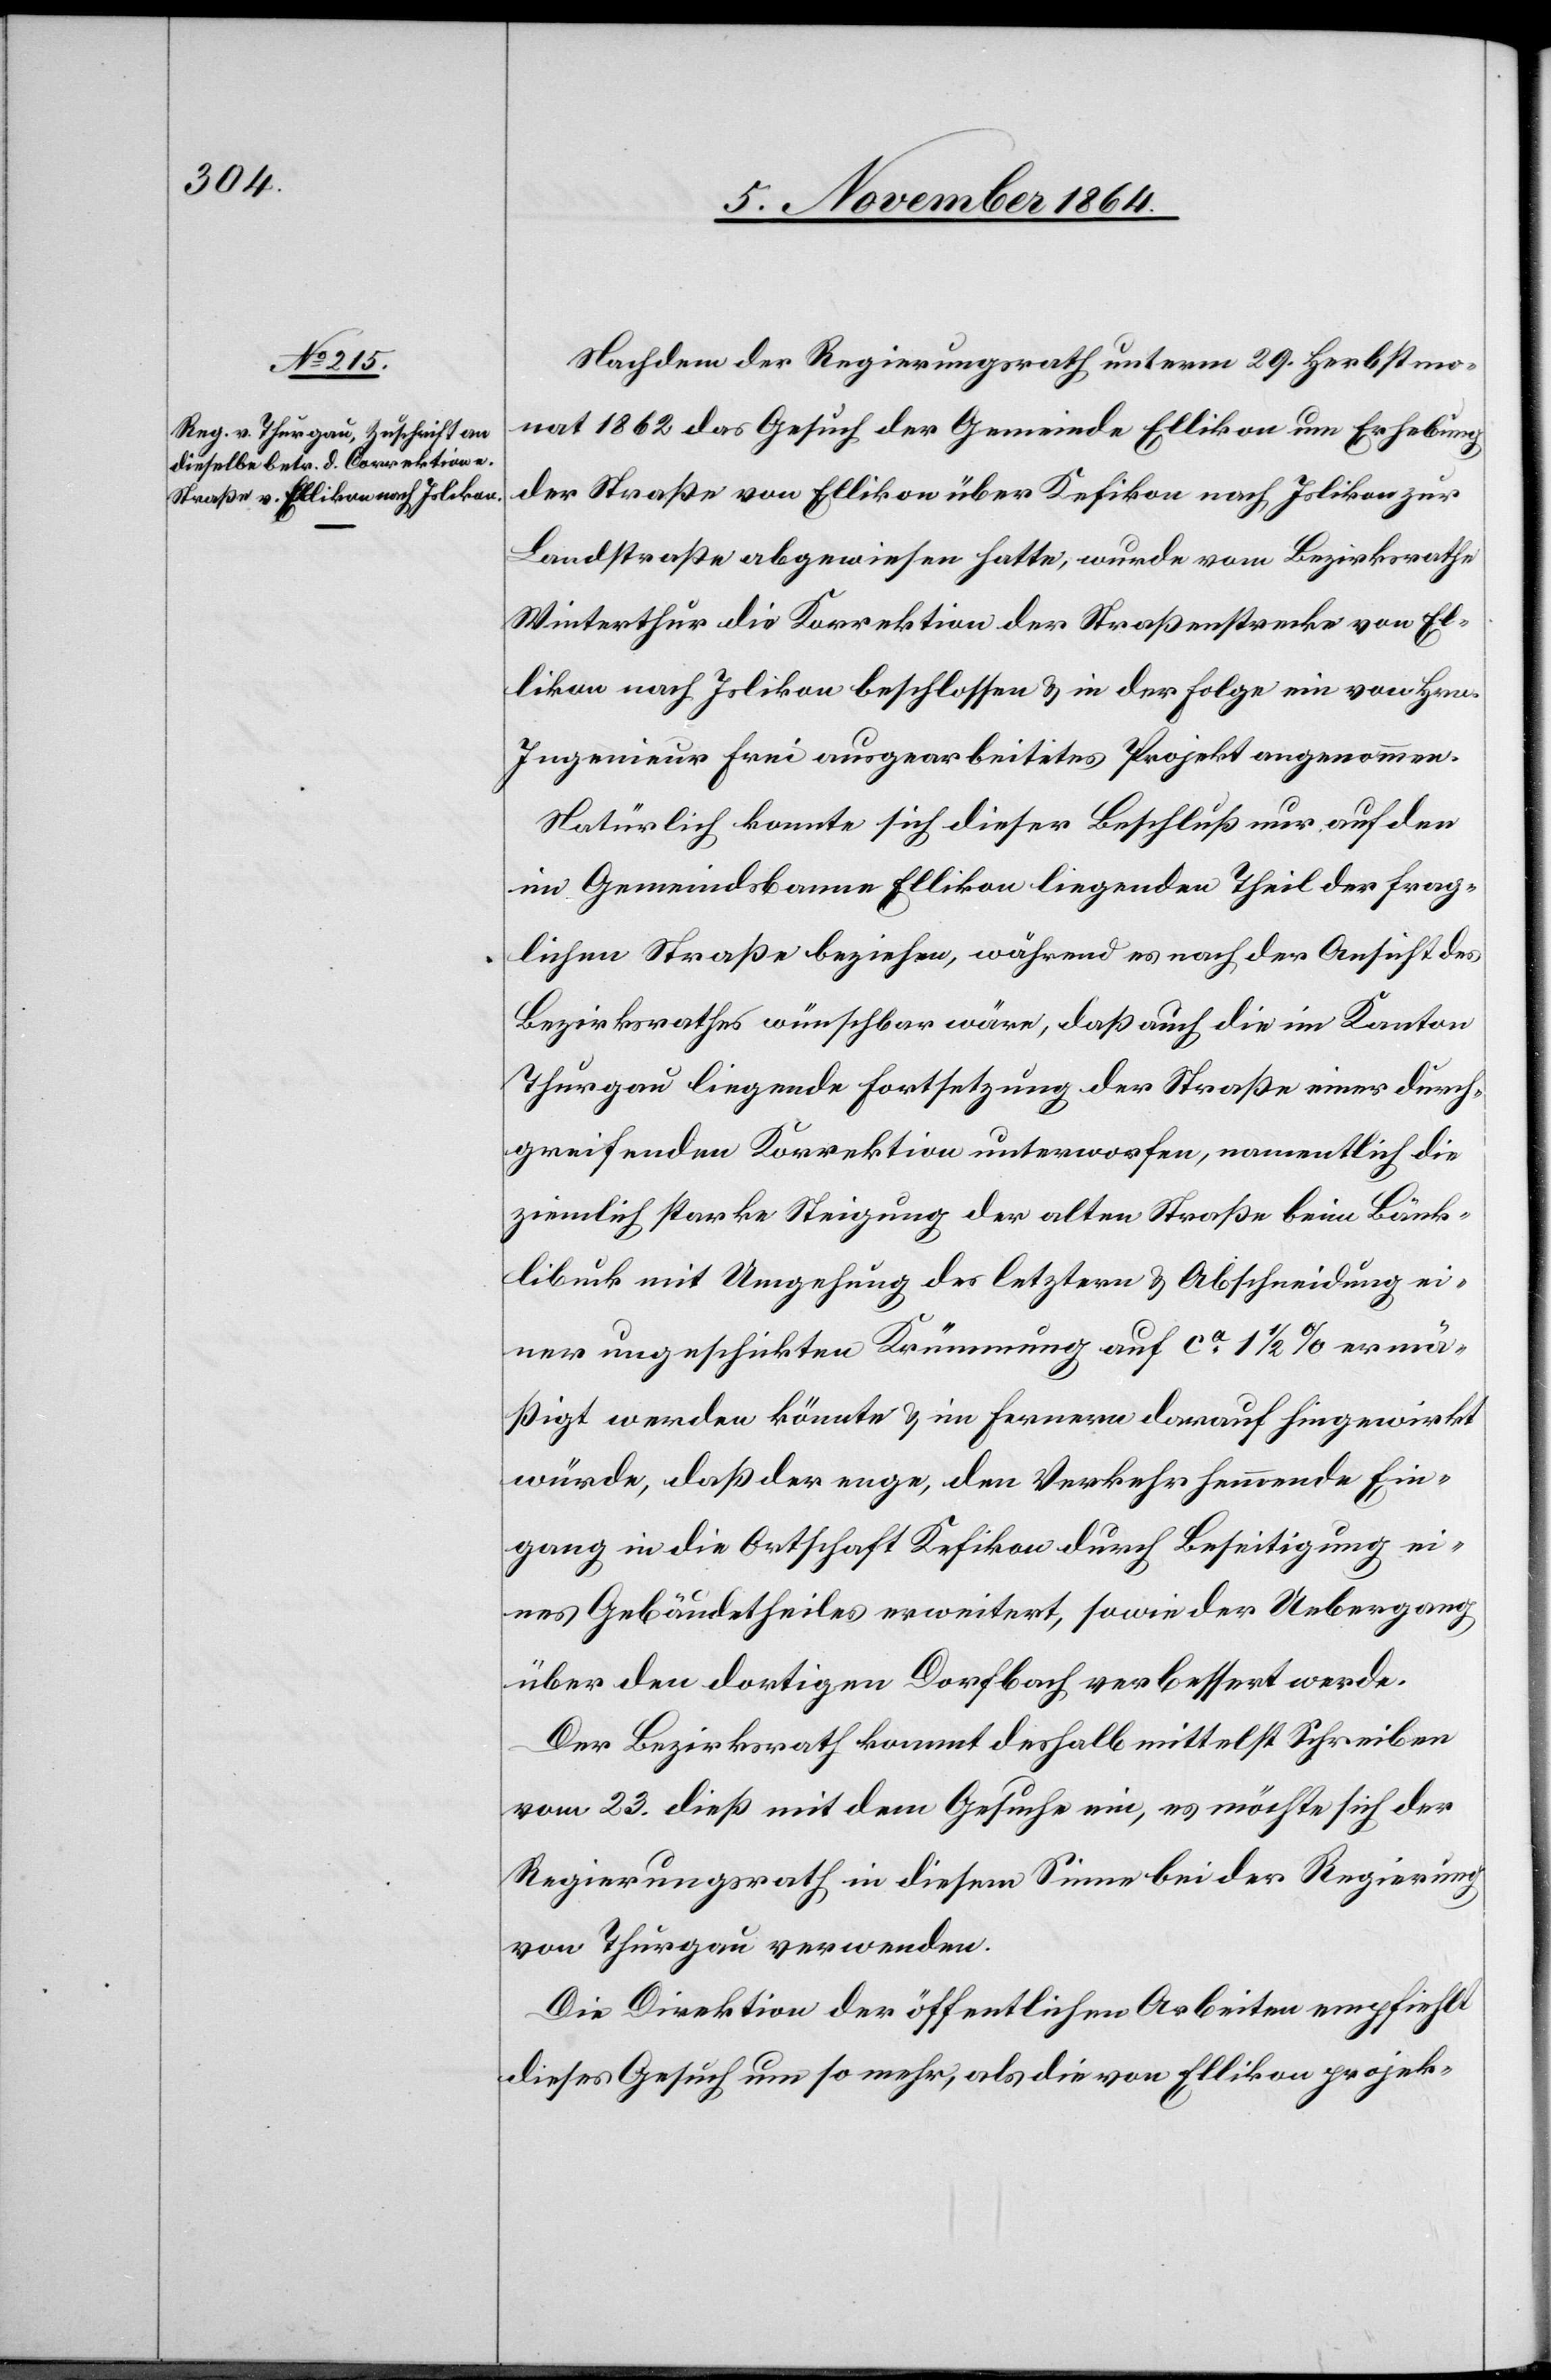
Nachdem der Regierungsrath unterm 29. Herbstmo¬
nat 1862 das Gesuch der Gemeinde Ellikon um Erhebung
der Straße von Ellikon über Kefikon nach Islikon zur
Landstraße abgewiesen hatte, wurde vom Bezirksrathe
Winterthur die Korrektion der Straßenstrecke von El¬
likon nach Islikon beschlossen & in der Folge ein von Hrn.
Ingenieur Frei ausgearbeitetes Projekt angenommen.
Natürlich konnte sich diese Beschluß nur auf den
im Gemeindsbanne Ellikon liegenden Theil der frag¬
lichen Straße beziehen, während es nach der Ansicht des
Bezirksrathes wünschbar wäre, daß auch die im Kanton
Thurgau liegende Fortsetzung der Straße einer durch¬
greifenden Korrektion unterworfen, namentlich die
ziemlich starke Steigung der alten Straße beim Bänk¬
libuck mit Umgehung des letztern & Abschneidung ei¬
ner ungeschickten Krümmung auf ca 1 1/2‰ ermä¬
ßigt werden könnte & im Fernern darauf hingewirkt
würde, daß der enge, den Verkehr hemmende Ein¬
gang in die Ortschaft Kefikon durch Beseitigung ei¬
nes Gebäudetheiles erweitert, sowie der Uebergang
über den dortigen Dorfbach verbessert werde.
Der Bezirksrath kommt deshalb mittelst Schreiben
vom 23. dieß mit dem Gesuche ein, es möchte sich der
Regierungsrath in diesem Sinne bei der Regierung
von Thurgau verwenden.
Die Direktion der öffentlichen Arbeiten empfiehlt
dieses Gesuch um so mehr, als die von Ellikon projek-